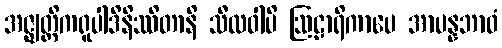
အဇ္ဈတ္တိကရူပါဒိနိဿိတာနိ သီလဝါပိ ဩဠာရိကာပေ အာပန္နဘာဝံ